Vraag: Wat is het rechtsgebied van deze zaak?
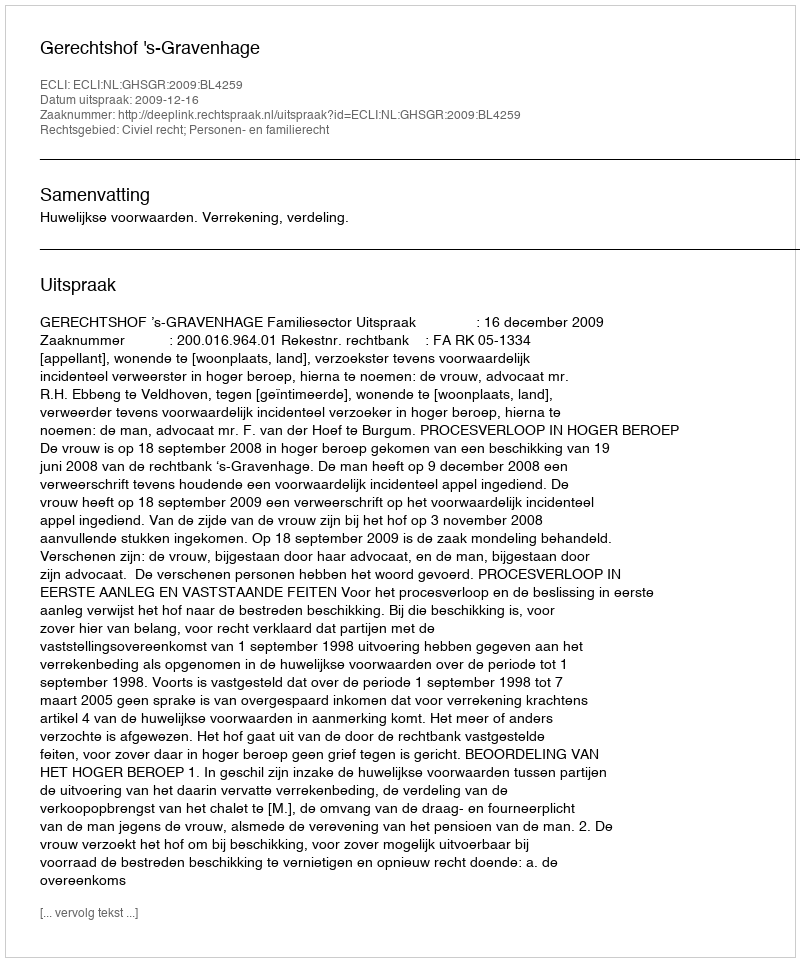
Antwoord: Civiel recht; Personen- en familierecht